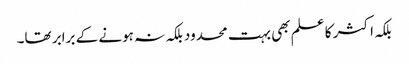
بلکہ اکثر کا علم بھی بہت محدود بلکہ نہ ہونے کے برابر تھا۔